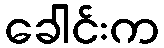
ခေါင်းက